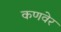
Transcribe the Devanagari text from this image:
कणवेर